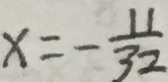
x = - \frac { 1 1 } { 3 2 }